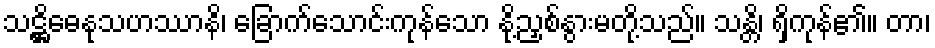
သဋ္ဌိဓေနုသဟဿာနိ၊ ခြောက်သောင်းကုန်သော နို့ညှစ်နွားမတို့သည်။ သန္တိ၊ ရှိကုန်၏။ တာ၊